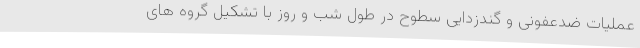
عملیات ضدعفونی و گندزدایی سطوح در طول شب و روز با تشکیل گروه های